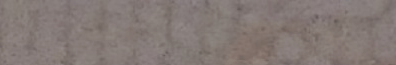
BEST DEAL